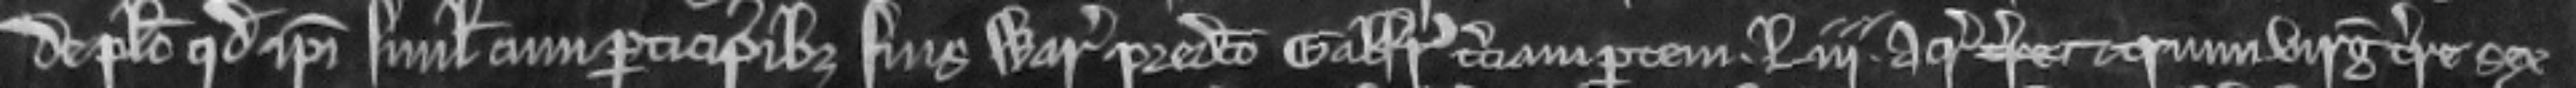
de placito quod ipsi simul cum participibus suis warantizent predicto Galfrido terciam partem Liii acr terre arum virgate terre sex